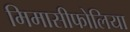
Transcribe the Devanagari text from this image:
मिमासीफोलिया